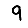
Digit: 9